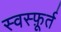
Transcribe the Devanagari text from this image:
स्वस्फ़ूर्त